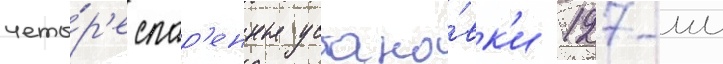
четы́р'е спар'енные устано́вк'и 127-мм